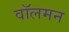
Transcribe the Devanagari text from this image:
वॉलमन